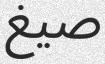
صيغ